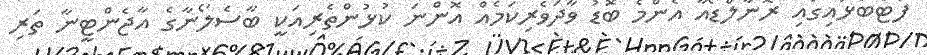
ފުޓްބޯޅައިގައި ރޮނާލްޑޯއާ އެންމެ ބޮޑު ވާދަވެރިކަމެއް އޮންނަ ކުޅުންތެރިއަކީ ބާސެލޯނާގެ އާޖެންޓީނާ ތަރި